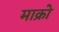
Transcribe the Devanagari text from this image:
माक्रो